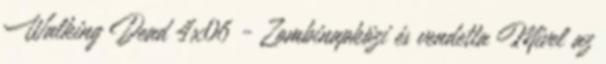
Walking Dead 4x06 - Zombinapközi és vendetta Mivel az